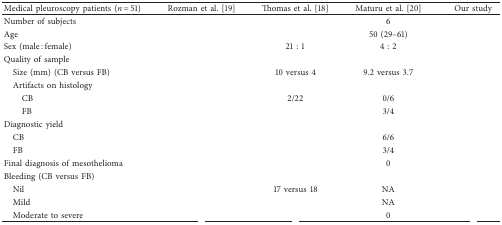
<table><thead><tr><td><b>Medical pleuroscopy patients (<i>n </i>= 51)</b></td><td><b>Rozman et al. [19]</b></td><td><b>Thomas et al. [18]</b></td><td><b>Maturu et al. [20]</b></td><td><b>Our study</b></td></tr></thead><tbody><tr><td>Number of subjects</td><td>[EMPTY_CELL]</td><td>[EMPTY_CELL]</td><td>6</td><td>[EMPTY_CELL]</td></tr><tr><td>Age</td><td>[EMPTY_CELL]</td><td>[EMPTY_CELL]</td><td>50 (29–61)</td><td>[EMPTY_CELL]</td></tr><tr><td>Sex (male : female)</td><td>[EMPTY_CELL]</td><td>21 : 1</td><td>4 : 2</td><td>[EMPTY_CELL]</td></tr><tr><td>Quality of sample</td><td>[EMPTY_CELL]</td><td>[EMPTY_CELL]</td><td>[EMPTY_CELL]</td><td>[EMPTY_CELL]</td></tr><tr><td> Size (mm) (CB versus FB)</td><td>[EMPTY_CELL]</td><td>10 versus 4</td><td>9.2 versus 3.7</td><td>[EMPTY_CELL]</td></tr><tr><td> Artifacts on histology</td><td>[EMPTY_CELL]</td><td>[EMPTY_CELL]</td><td>[EMPTY_CELL]</td><td>[EMPTY_CELL]</td></tr><tr><td>CB</td><td>[EMPTY_CELL]</td><td>2/22</td><td>0/6</td><td>[EMPTY_CELL]</td></tr><tr><td>FB</td><td>[EMPTY_CELL]</td><td>[EMPTY_CELL]</td><td>3/4</td><td>[EMPTY_CELL]</td></tr><tr><td>Diagnostic yield</td><td>[EMPTY_CELL]</td><td>[EMPTY_CELL]</td><td>[EMPTY_CELL]</td><td>[EMPTY_CELL]</td></tr><tr><td> CB</td><td>[EMPTY_CELL]</td><td>[EMPTY_CELL]</td><td>6/6</td><td>[EMPTY_CELL]</td></tr><tr><td> FB</td><td>[EMPTY_CELL]</td><td>[EMPTY_CELL]</td><td>3/4</td><td>[EMPTY_CELL]</td></tr><tr><td>Final diagnosis of mesothelioma</td><td>[EMPTY_CELL]</td><td>[EMPTY_CELL]</td><td>0</td><td>[EMPTY_CELL]</td></tr><tr><td>Bleeding (CB versus FB)</td><td>[EMPTY_CELL]</td><td>[EMPTY_CELL]</td><td>[EMPTY_CELL]</td><td>[EMPTY_CELL]</td></tr><tr><td> Nil</td><td>[EMPTY_CELL]</td><td>17 versus 18</td><td>NA</td><td>[EMPTY_CELL]</td></tr><tr><td> Mild</td><td>[EMPTY_CELL]</td><td>[EMPTY_CELL]</td><td>NA</td><td>[EMPTY_CELL]</td></tr><tr><td> Moderate to severe</td><td>[EMPTY_CELL]</td><td>[EMPTY_CELL]</td><td>0</td><td>[EMPTY_CELL]</td></tr></tbody></table>